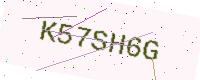
Text: K57SH6G